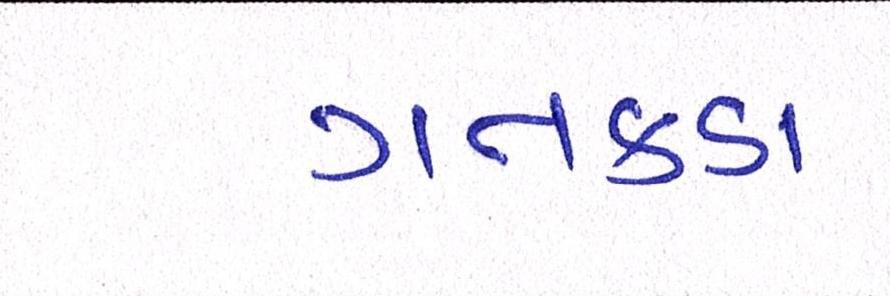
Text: ગતકડા